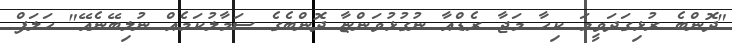
"ދޮންބެ ރުޅިގަދަވީމަ ކިހާ މަޖާ ރެޑްއާ ނުގުޅުވަންޏާ ދޮންބެގެ ސަމާލުކަމެއް ނުލިބޭނެއޭ" ހަލަފް